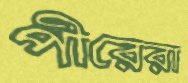
পীরেরা